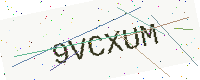
Text: 9VCXUM